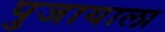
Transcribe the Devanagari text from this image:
पुजायाला